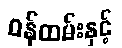
ဝန်ထမ်းနှင့်